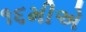
૧૬મીએ